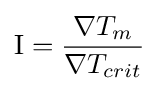
\mathrm {I} ={\frac {\nabla T_{m}}{\nabla T_{crit}}}